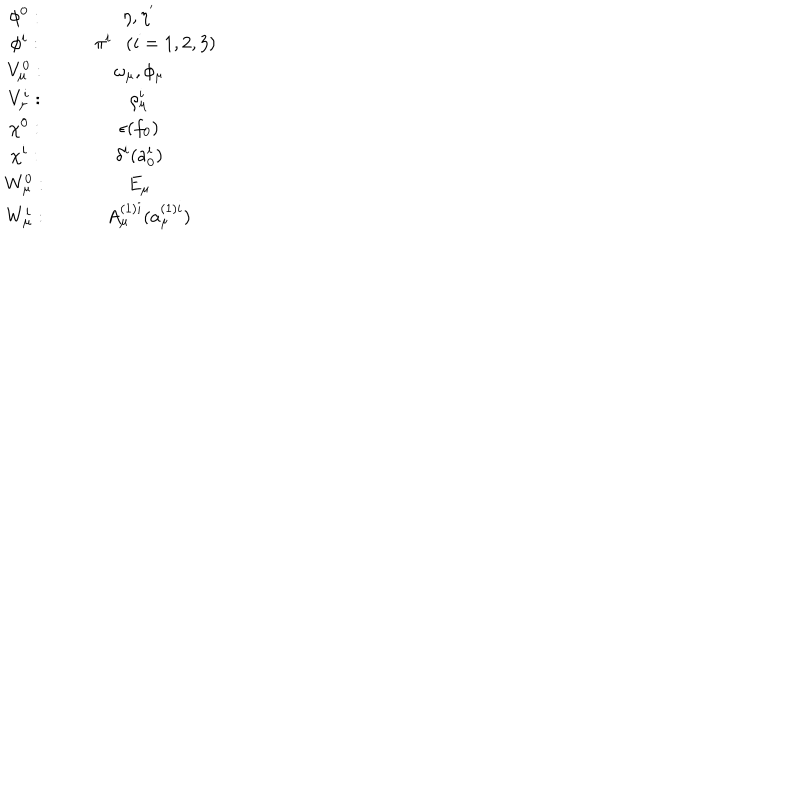
LaTeX: \begin{array} { c c } { { \phi ^ { 0 } : } } & { { \eta , \eta ^ { ' } } } \\ { { \phi ^ { i } : } } & { { ~ \pi ^ { i } ( i = 1 , 2 , 3 ) } } \\ { { V _ { \mu } ^ { 0 } : } } & { { \omega _ { \mu } , \phi _ { \mu } } } \\ { { V _ { \mu } ^ { i } : } } & { { \rho _ { \mu } ^ { i } } } \\ { { \chi ^ { 0 } : } } & { { \epsilon ( f _ { 0 } ) } } \\ { { \chi ^ { i } : } } & { { \delta ^ { i } ( a _ { 0 } ^ { i } ) } } \\ { { W _ { \mu } ^ { 0 } : } } & { { E _ { \mu } } } \\ { { W _ { \mu } ^ { i } : } } & { { ~ A _ { \mu } ^ { ( 1 ) i } ( a _ { \mu } ^ { ( 1 ) i } ) } } \\ \end{array}